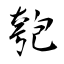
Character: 匏